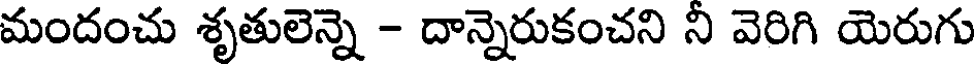
మందంచు శృతులెన్నె - దాన్నెరుకంచని నీ వెరిగి యెరుగు